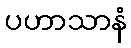
ပဟာသာနံ